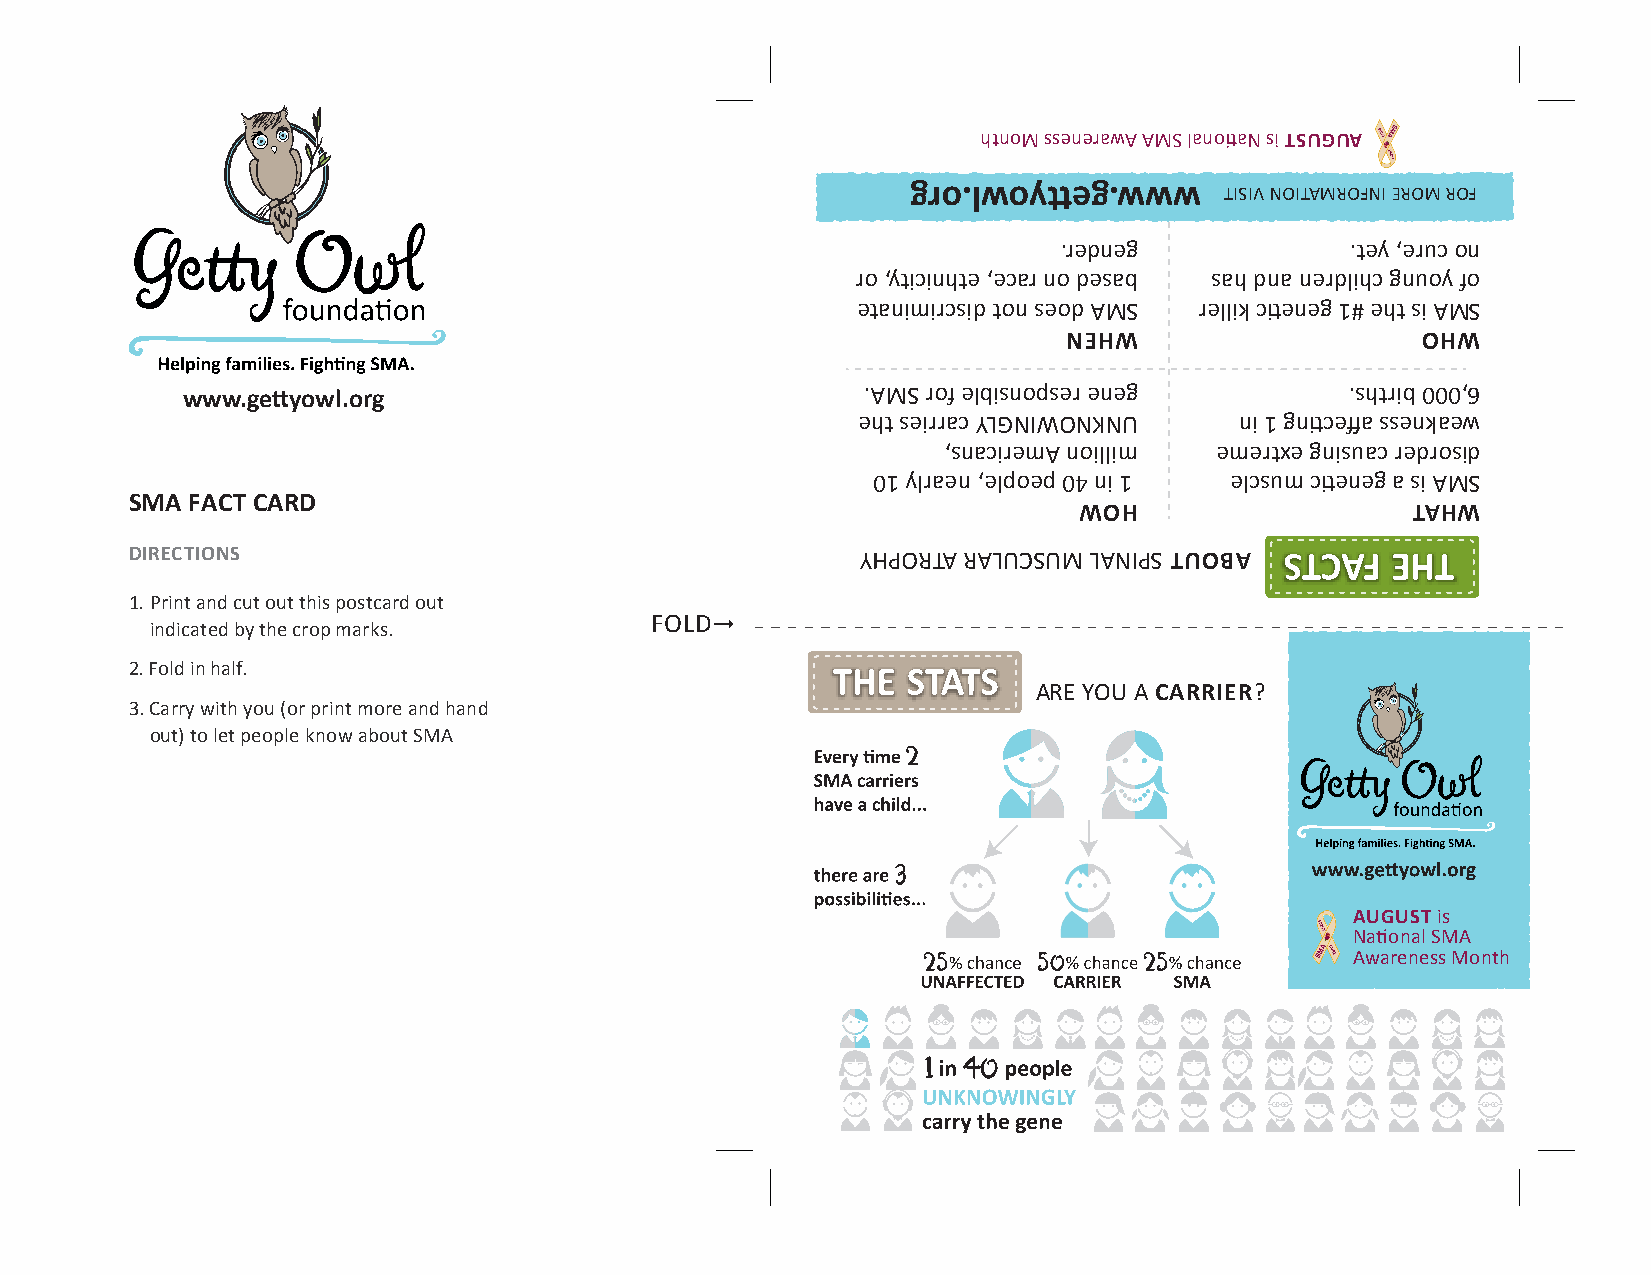
htnoM ssenerawA AMS lanotiaN si TSUGUA
 gro.lwoytteg.www     TISIV NOITAMROFNI EROM ROF
 .redneg            .tey ,eruc on
 ro ,yticinhte ,ecar no desab sah dna nerdlihc gnuoy fo
 etanimircsid ton seod AMS rellik ctieneg 1# eht si AMS
 NEHW                   OHW
 www.gettyowl.org                             .AMS rof elbisnopser eneg       .shtrib 000,6
 eht seirrac YLGNIWONKNU  ni 1 gnticeffa ssenkaew
 ,snaciremA noillim emertxe gnisuac redrosid
 01 ylraen ,elpoep 04 ni 1 elcsum ctieneg a si AMS
 SMA FACT CARD
 WOH                   TAHW
 DIRECTIONS                                      YHPORTA RALUCSUM LANIPS TUOBA
 1. Print and cut out this postcard out
 indicated by the crop marks.
 FOLD
 2. Fold in half.
 ARE YOU A CARRIER?
 3. Carry with you (or print more and hand
 out) to let people know about SMA
 AUGUST is
 National SMA
 Awareness Month